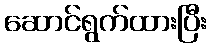
ဆောင်ရွက်ထားပြီး